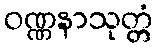
ဝဏ္ဏနာသုတ္တံ